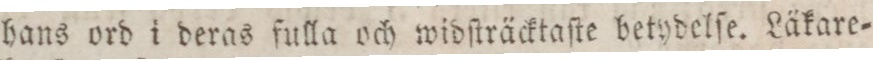
hans ord i deras fulla och widſträcktaſte betydelſe. Läkare=